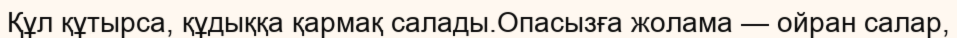
Құл құтырса, құдыққа қармақ салады.Опасызға жолама — ойран салар,